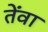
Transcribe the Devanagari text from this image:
तेंवा